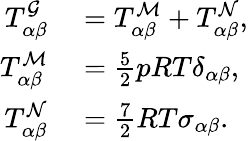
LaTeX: \begin{array}{rl}{T_{\alpha\beta}^{\mathcal{G}}}&{{}=T_{\alpha\beta}^{\mathcal{M}}+T_{\alpha\beta}^{\mathcal{N}},}\\ {T_{\alpha\beta}^{\mathcal{M}}}&{{}=\frac{5}{2}pRT\delta_{\alpha\beta},}\\ {T_{\alpha\beta}^{\mathcal{N}}}&{{}=\frac{7}{2}RT\sigma_{\alpha\beta}.}\end{array}